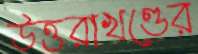
উত্তরাখণ্ডের